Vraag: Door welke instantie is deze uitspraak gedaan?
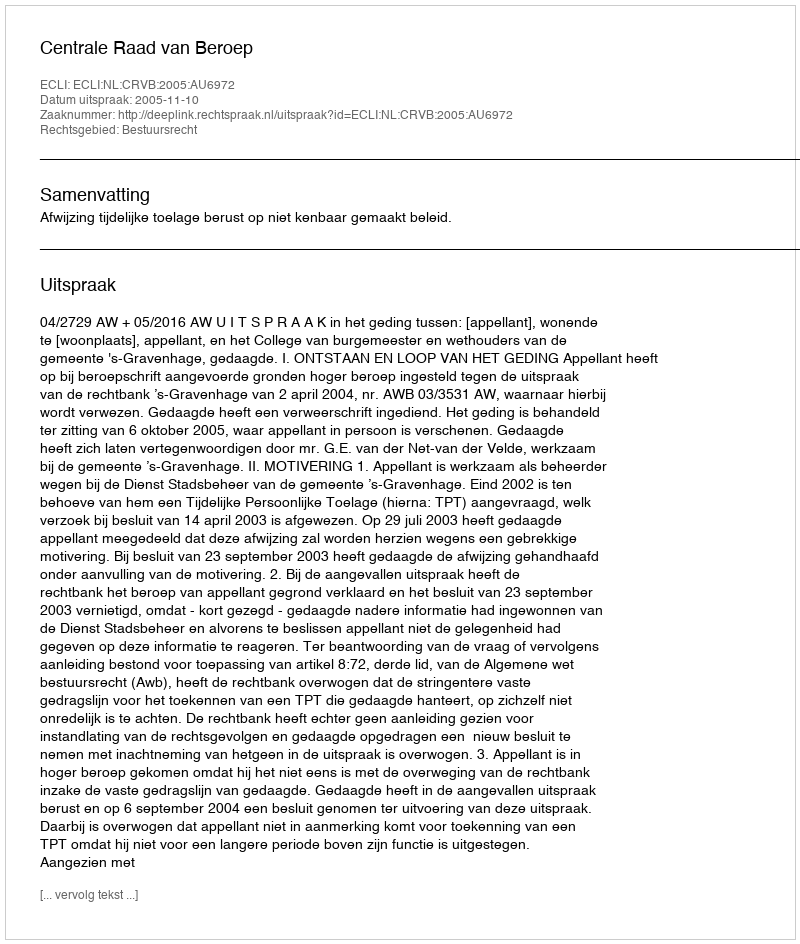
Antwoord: Centrale Raad van Beroep